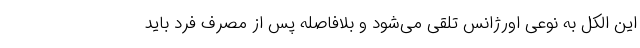
این الکل به نوعی اورژانس تلقی می‌شود و بلافاصله پس از مصرف فرد باید